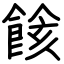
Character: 餩